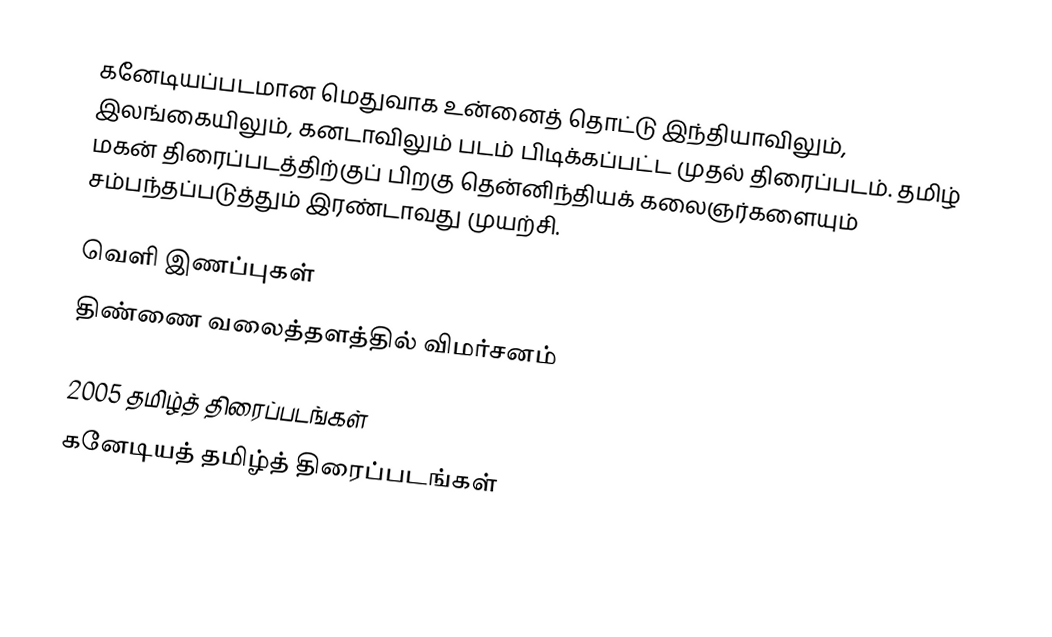
கனேடியப்படமான மெதுவாக உன்னைத் தொட்டு இந்தியாவிலும், இலங்கையிலும், கனடாவிலும் படம் பிடிக்கப்பட்ட முதல் திரைப்படம். தமிழ் மகன் திரைப்படத்திற்குப் பிறகு தென்னிந்தியக் கலைஞர்களையும் சம்பந்தப்படுத்தும் இரண்டாவது முயற்சி.

வெளி இணப்புகள்
திண்ணை வலைத்தளத்தில் விமர்சனம்

2005 தமிழ்த் திரைப்படங்கள்
கனேடியத் தமிழ்த் திரைப்படங்கள்